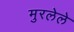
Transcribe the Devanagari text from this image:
मुरलेले